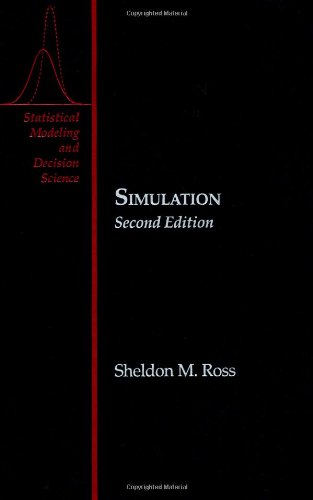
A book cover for Simulation, Second Edition: Programming Methods and Applications (Statistical Modeling and Decision Science); Sheldon M. Ross; Science & Math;